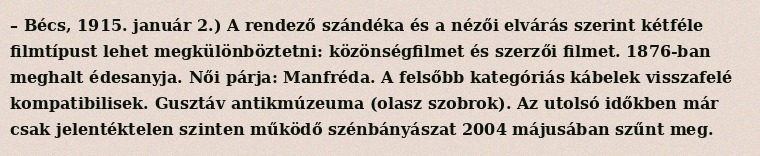
– Bécs, 1915. január 2.) A rendező szándéka és a nézői elvárás szerint kétféle filmtípust lehet megkülönböztetni: közönségfilmet és szerzői filmet. 1876-ban meghalt édesanyja. Női párja: Manfréda. A felsőbb kategóriás kábelek visszafelé kompatibilisek. Gusztáv antikmúzeuma (olasz szobrok). Az utolsó időkben már csak jelentéktelen szinten működő szénbányászat 2004 májusában szűnt meg.